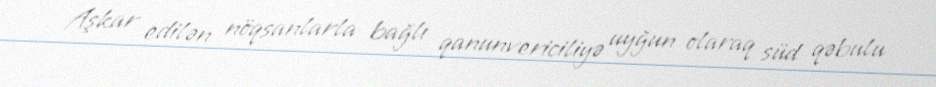
Aşkar edilən nöqsanlarla bağlı qanunvericiliyə uyğun olaraq süd qəbulu